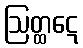
ဩတ္ထဋေ